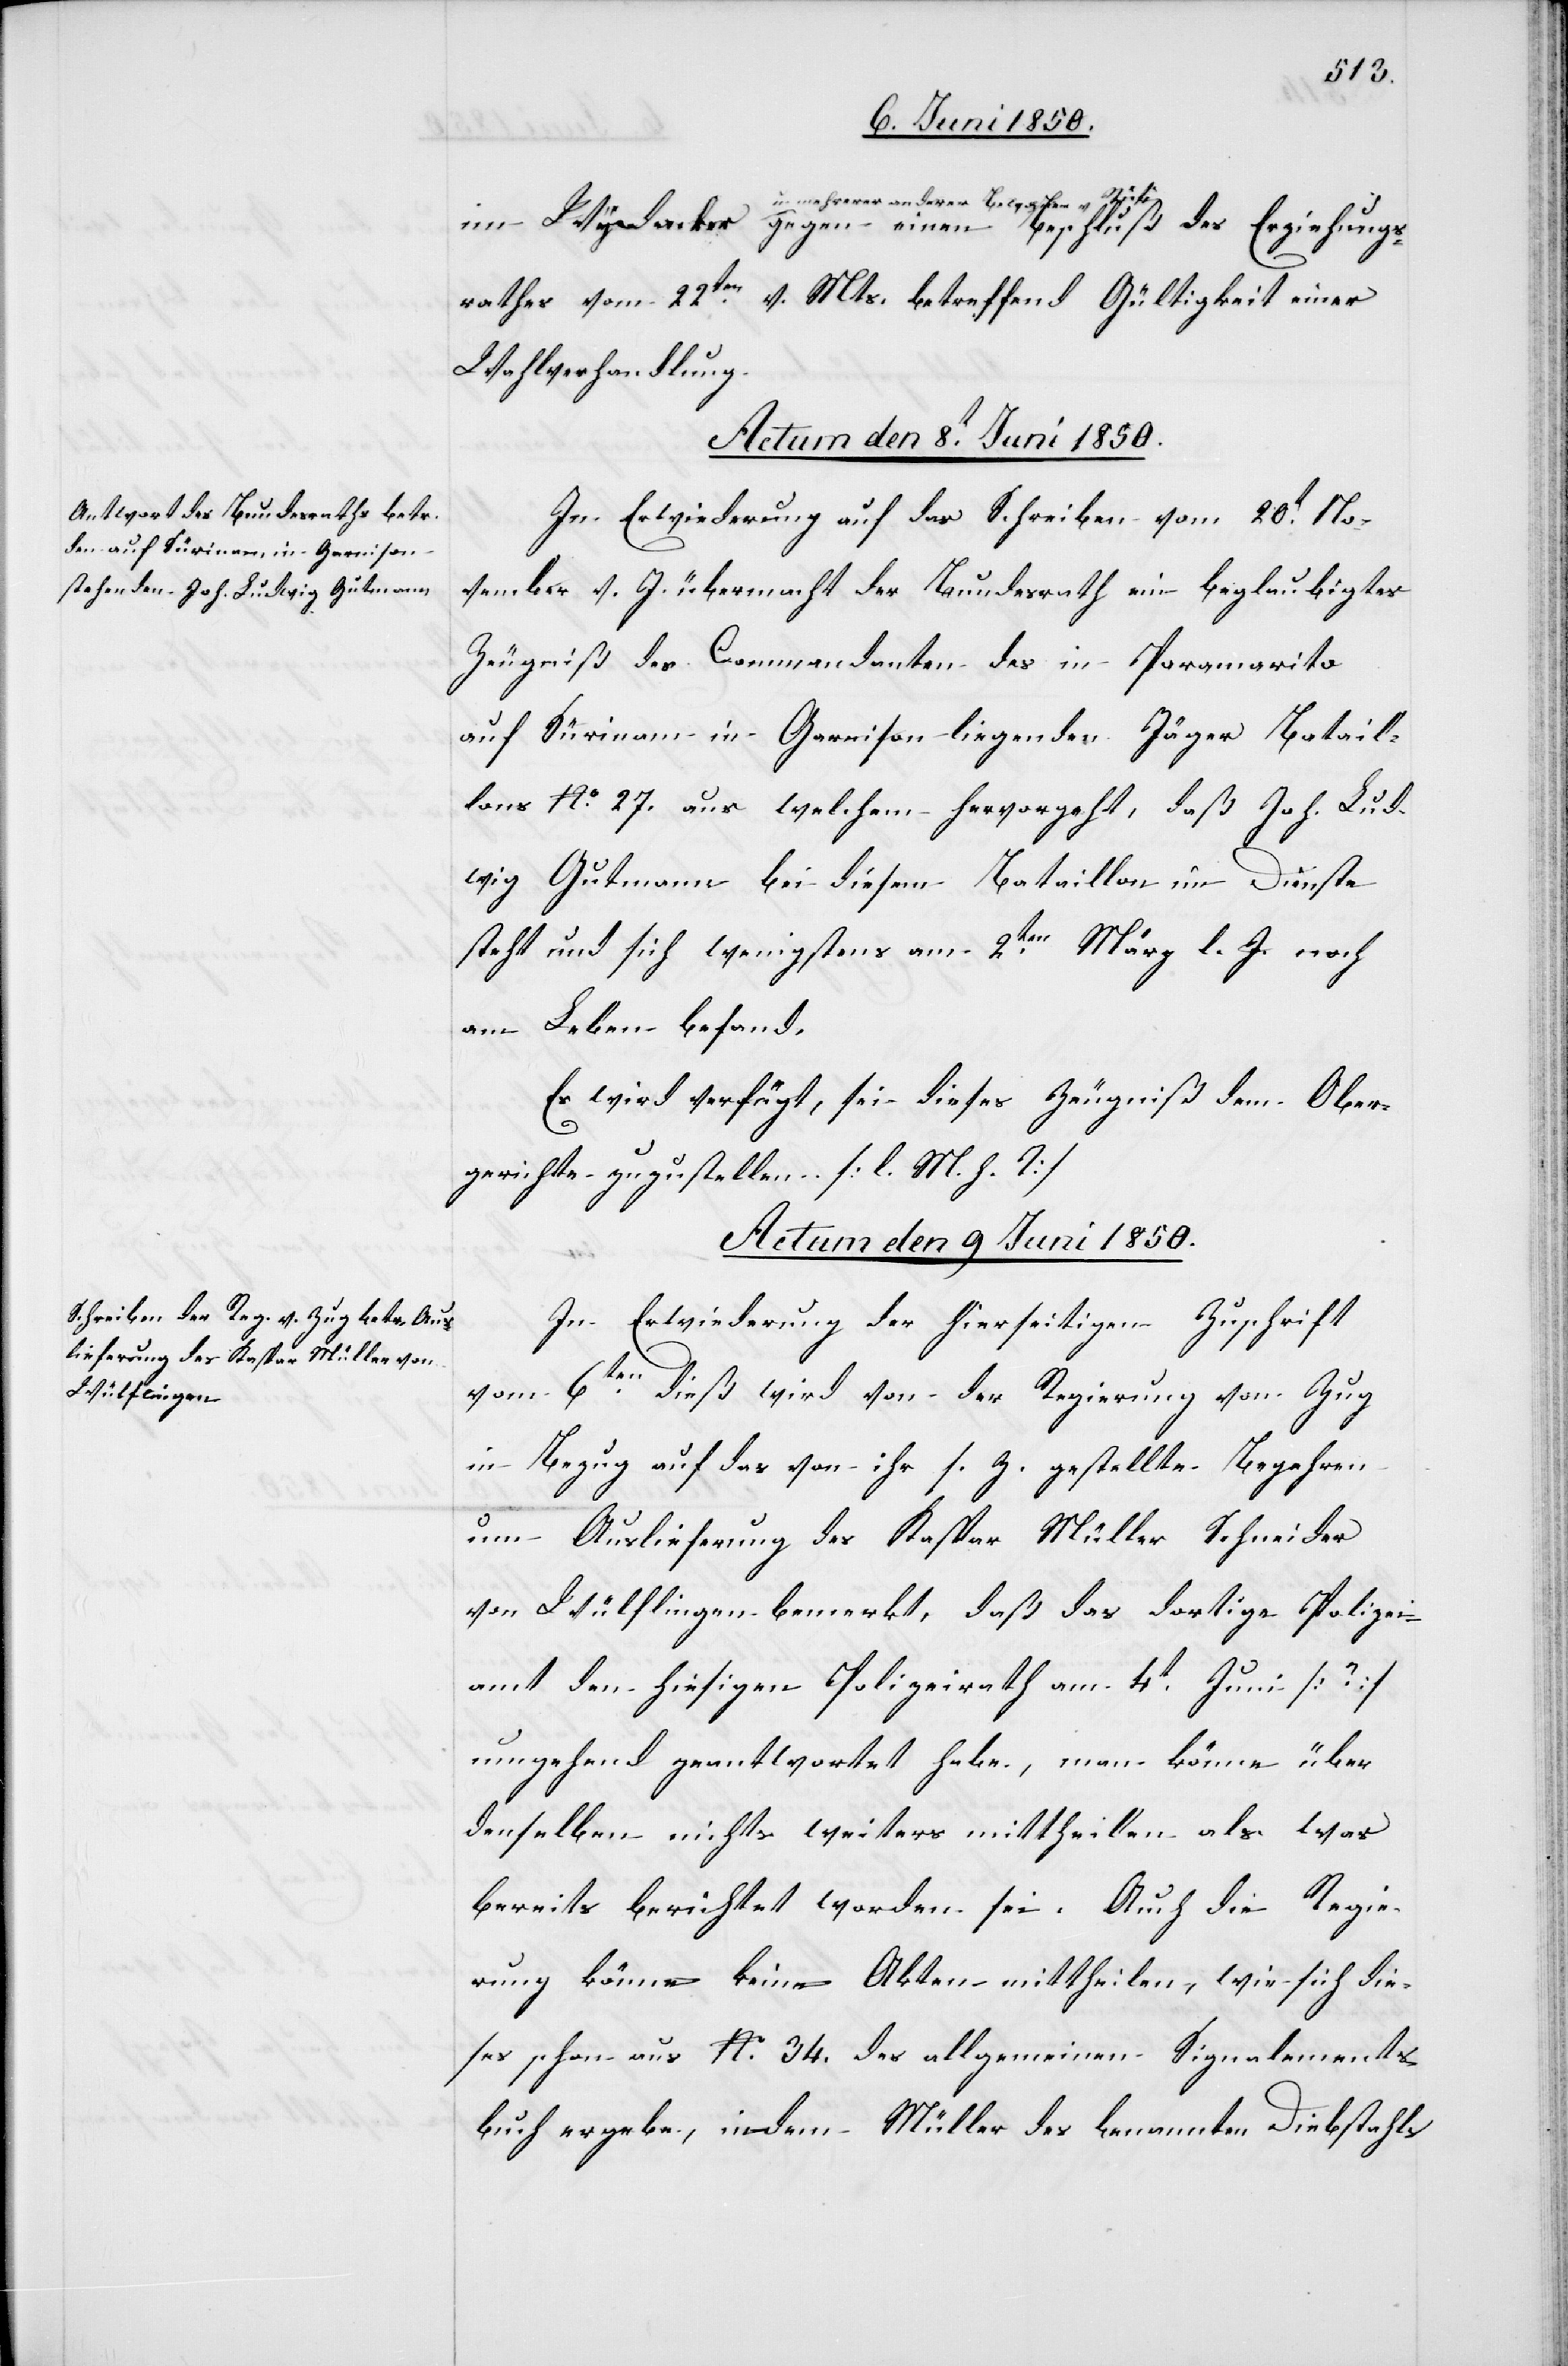
im
u. mehrerer anderer Bewohner v.
Rüti gegen einen Beschluß des Erziehungs¬
rathes vom 22ten v. Mts. betreffend Gültigkeit einer
Wahlverhandlung.
Actum den 8t Juni 1850.
In Erwiederung auf das Schreiben vom 20t No¬
vember v. J. übermacht der Bundesrath ein beglaubigtes
Zeugniß des Commandanten des in Poramarito
auf Sürinam in Garnison liegenden Jäger Batail¬
lons No. 27. aus welchem hervorgeht, daß Joh. Lud¬
wig Gutmann bei diesem Bataillon im Dienste
steht und sich wenigstens am 2ten März l. J. noch
am Leben befand.
Es wird verfügt, sei dieses Zeugniß dem Ober¬
gerichte zuzustellen. [l. M. h. T]
Actum den 9 Juni 1850.
In Erwiederung der hierseitigen Zuschrift
vom 6ten dieß wird von der Regierung von Zug
in Bezug auf das von ihr s. Z. gestellte Begehren
um Auslieferung des Kaspar Müller Schneider
von Wülflingen bemerkt, daß das dortige Polizei¬
amt den hiesigen Polizeirath am 4t Juni [?]
umgehend geantwortet habe, man könne über
denselben nichts weiters mittheilen als was
bereits berichtet worden sei. Auch die Regie¬
rung könne keine Akten mittheilen, wie sich die¬
ses schon aus No. 34. des allgemeinen Signalements¬
buch ergebe, indem Müller des benannten Diebstahls